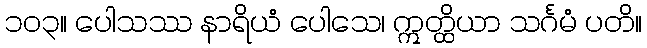
၁၀၃။ ပေါသဿ နာရိယံ ပေါသေ၊ ဣတ္ထိယာ သင်္ဂမံ ပတိ။